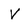
Character: V